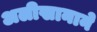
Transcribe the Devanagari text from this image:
अलीखानाने